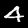
Label: 4